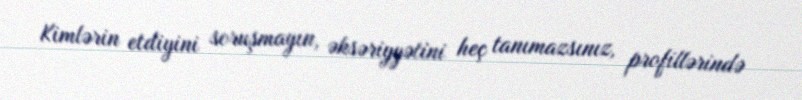
Kimlərin etdiyini soruşmayın, əksəriyyətini heç tanımazsınız, profillərində